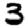
Digit: 3